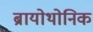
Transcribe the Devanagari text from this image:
ब्रायोथोनिक